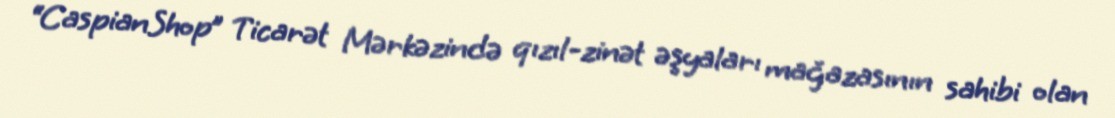
“CaspianShop” Ticarət Mərkəzində qızıl-zinət əşyaları mağazasının sahibi olan